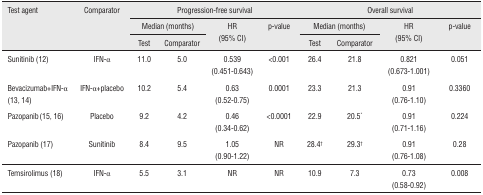
<table><thead><tr><td><b>Test agent</b></td><td><b>Comparator</b></td><td colspan="4"><b>Progression-free survival</b></td><td colspan="4"><b>Overall survival</b></td></tr><tr><td></td><td></td><td colspan="2"><b>Median (months)</b></td><td><b>HR (95% CI)</b></td><td><b>p-value</b></td><td colspan="2"><b>Median (months)</b></td><td><b>HR (95% CI)</b></td><td><b>p-value</b></td></tr><tr><td></td><td></td><td><b>Test</b></td><td><b>Comparator</b></td><td></td><td></td><td><b>Test</b></td><td><b>Comparator</b></td><td></td><td></td></tr></thead><tbody><tr><td>Sunitinib (12)</td><td>IFN-α</td><td>11.0</td><td>5.0</td><td>0.539 (0.451-0.643)</td><td>&lt;0.001</td><td>26.4</td><td>21.8</td><td>0.821 (0.673-1.001)</td><td>0.051</td></tr><tr><td>Bevacizumab+IFN-α (13, 14)</td><td>IFN-α+placebo</td><td>10.2</td><td>5.4</td><td>0.63 (0.52-0.75)</td><td>0.0001</td><td>23.3</td><td>21.3</td><td>0.91 (0.76-1.10)</td><td>0.3360</td></tr><tr><td>Pazopanib (15, 16)</td><td>Placebo</td><td>9.2</td><td>4.2</td><td>0.46 (0.34-0.62)</td><td>&lt;0.0001</td><td>22.9</td><td>20.5*</td><td>0.91 (0.71-1.16)</td><td>0.224</td></tr><tr><td>Pazopanib (17)</td><td>Sunitinib</td><td>8.4</td><td>9.5</td><td>1.05 (0.90-1.22)</td><td>NR</td><td>28.4†</td><td>29.3†</td><td>0.91 (0.76-1.08)</td><td>0.28</td></tr><tr><td>Temsirolimus (18)</td><td>IFN-α</td><td>5.5</td><td>3.1</td><td>NR</td><td>NR</td><td>10.9</td><td>7.3</td><td>0.73 (0.58-0.92)</td><td>0.008</td></tr></tbody></table>